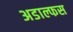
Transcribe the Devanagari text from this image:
अडाल्फस